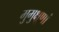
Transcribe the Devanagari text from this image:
मुमुक्षूणां